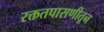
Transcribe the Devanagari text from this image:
रक्ततपासणीतून